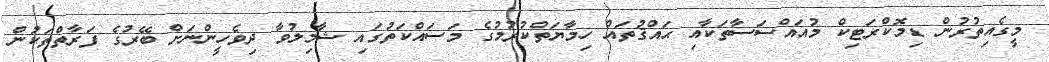
މީގެއިތުރުން ޑިމޮކްރަޓިކް މުއައްސަސާތަކާއި ޙައްޤުތައް ހިމާޔަތްކުރުމުގެ މަސައްކަތުގައި ޝާމިލުވާ ދިވެހީންނަށް ބޭރުގެ ފަރާތްތަކުން